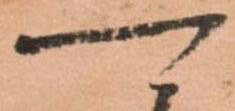
可